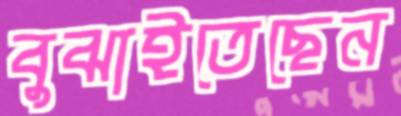
বুঝাইতেছেন